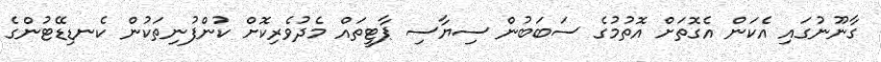
ގާނޫނުގައި އެކަން އެގޮތަށް އޮތުމުގެ ސަބަބުން ސިޔާސި ޕާޓީތައް މެދުވެރިކޮށް ކުންފުނިތަކުން ކެނޑިޑޭޓުންގެ